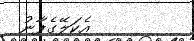
އެކަލޭގެފާނު